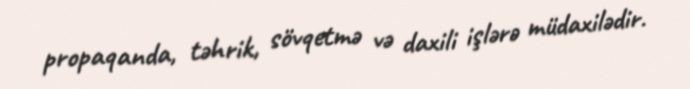
propaqanda, təhrik, sövqetmə və daxili işlərə müdaxilədir.